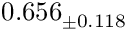
0 . 6 5 6 _ { \pm 0 . 1 1 8 }